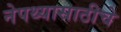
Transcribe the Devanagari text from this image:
नेपथ्यासाठीचे